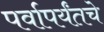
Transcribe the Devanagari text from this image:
पर्वापर्यंतचे